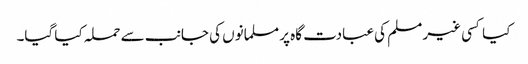
کیا کسی غیر مسلم کی عبادت گاہ پر مسلمانوں کی جانب سے حملہ کیا گیا۔